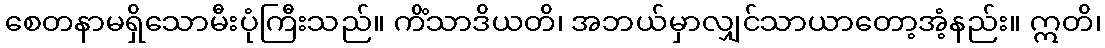
စေတနာမရှိသောမီးပုံကြီးသည်။ ကိံသာဒိယတိ၊ အဘယ်မှာလျှင်သာယာတော့အံ့နည်း။ ဣတိ၊